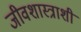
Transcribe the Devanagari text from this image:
जीवशास्त्राशी